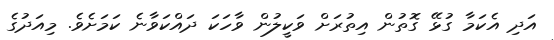
އަދި އެކަމާ ގުޅޭ ގޮތުން އިތުރަށް ވަކީލުން ވާހަކަ ދައްކަވާނެ ކަމަށެވެ. މިއަދުގެ